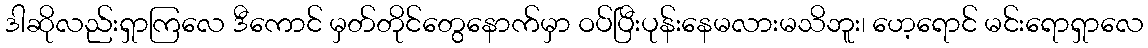
ဒါဆိုလည်းရှာကြလေ ဒီကောင် မှတ်တိုင်တွေနောက်မှာ ဝပ်ပြီးပုန်းနေမလားမသိဘူး၊ ဟေ့ရောင် မင်းရောရှာလေ